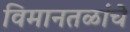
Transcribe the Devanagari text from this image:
विमानतळांचे